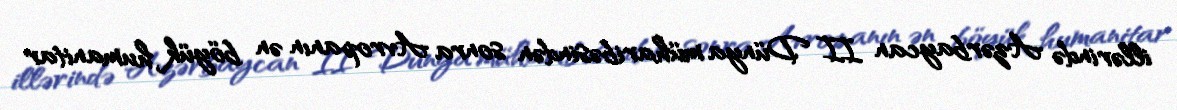
illərində Azərbaycan II Dünya müharibəsindən sonra Avropanın ən böyük humanitar